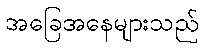
အခြေအနေများသည်